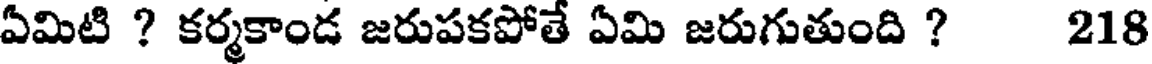
ఏమిటి ? కర్మకాండ జరుపకపోతే ఏమి జరుగుతుంది ? 218